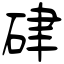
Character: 硉